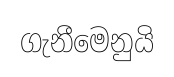
ගැනීමෙනුයි